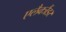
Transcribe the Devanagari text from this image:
एलैक्जैंडर